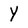
Character: Y